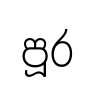
පූර